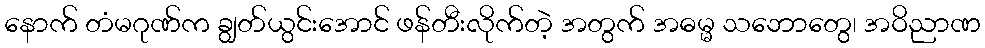
နောက် တံမဂုဏ်က ချွတ်ယွင်းအောင် ဖန်တီးလိုက်တဲ့ အတွက် အဓမ္မ သဘောတွေ၊ အဝိညာဏ